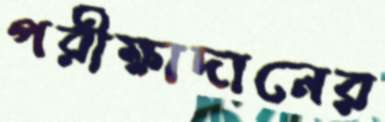
পরীক্ষাদানের